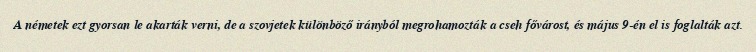
A németek ezt gyorsan le akarták verni, de a szovjetek különböző irányból megrohamozták a cseh fővárost, és május 9-én el is foglalták azt.